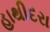
હાથીદરા